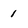
Character: 1